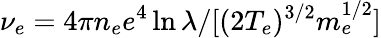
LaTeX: \nu_{e}=4\pi n_{e}e^{4}\ln\lambda/[(2T_{e})^{3/2}m_{e}^{1/2}]